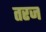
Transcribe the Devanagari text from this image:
तरज